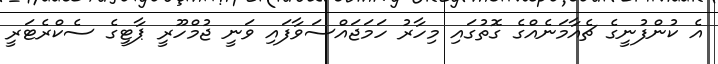
އެ ކުންފުނީގެ ޗެއާމަނެއްގެ ގޮތުގައި މިހާރު ހަމަޖައްސަވާފައި ވަނީ ޖުމްހޫރީ ޕާޓީގެ ސެކްރެޓަރީ